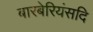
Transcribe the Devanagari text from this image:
बारबेरियंसदि